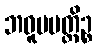
ဘဝူပပတ္တိဉ္စ